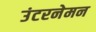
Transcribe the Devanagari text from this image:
उंटरनेमन